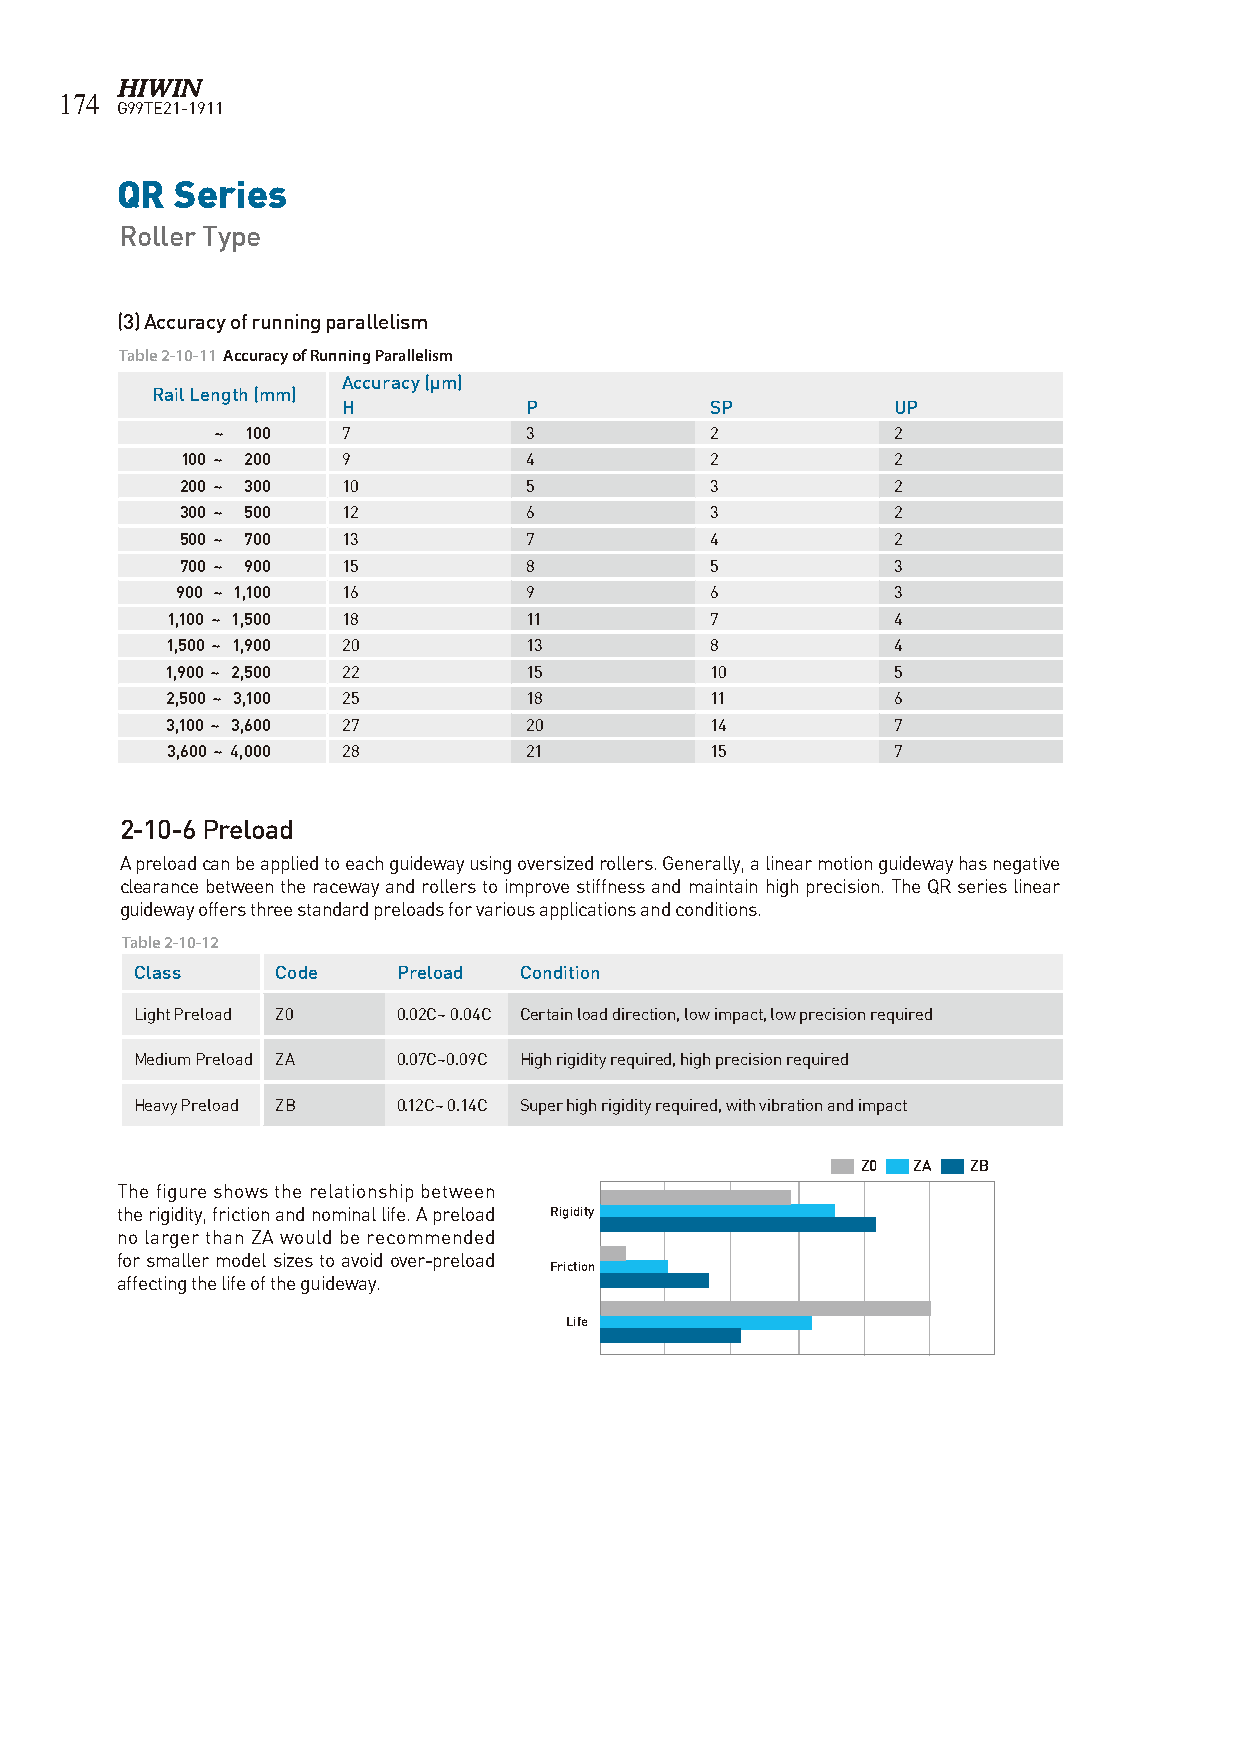
174
 G99TE21-1911
 QR  Series
 Roller Type
 (3) Accuracy of running parallelism
 Table 2-10-11 Accuracy of Running Parallelism
 Accuracy (µm)
 Rail Length (mm)
 H           P           SP          UP
 ~ 100    7           3           2           2
 100 ~ 200  9           4           2           2
 200 ~ 300  10          5           3           2
 300 ~ 500  12          6           3           2
 500 ~ 700  13          7           4           2
 700 ~ 900  15          8           5           3
 900 ~ 1,100 16         9           6           3
 1,100 ~ 1,500 18        11          7           4
 1,500 ~ 1,900 20        13          8           4
 1,900 ~ 2,500 22        15          10          5
 2,500 ~ 3,100 25        18          11          6
 3,100 ~ 3,600 27        20          14          7
 3,600 ~ 4,000 28        21          15          7
 2-10-6 Preload
 A preload can be applied to each guideway using oversized rollers. Generally, a linear motion guideway has negative
 clearance between the raceway and rollers to improve stiffness and maintain high precision. The QR series linear
 guideway offers three standard preloads for various applications and conditions.
 Table 2-10-12
 Class    Code    Preload Condition
 Light Preload Z0 0.02C~ 0.04C Certain load direction, low impact, low precision required
 Medium Preload ZA 0.07C~0.09C High rigidity required, high precision required
 Heavy Preload ZB 0.12C~ 0.14C Super high rigidity required, with vibration and impact
 Z0 ZA  ZB
 The figure shows the relationship between
 the rigidity, friction and nominal life. A preload Rigidity
 no larger than ZA would be recommended
 for smaller model sizes to avoid over-preload
 Friction
 affecting the life of the guideway.
 Life